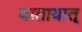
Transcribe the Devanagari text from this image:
यातायात्